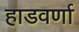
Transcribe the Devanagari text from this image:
हाडवर्णा